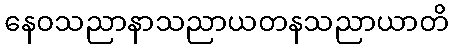
နေဝသညာနာသညာယတနသညာယာတိ